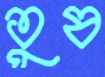
তুষ